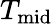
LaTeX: T_{\mathrm{mid}}